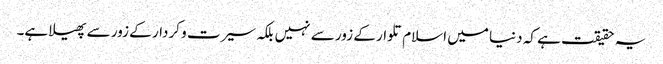
یہ حقیقت ہے کہ دنیا میں اسلام تلوار کے زور سے نہیں بلکہ سیرت و کردار کے زور سے پھیلا ہے۔